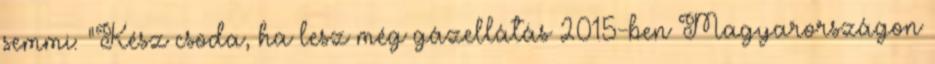
semmi: "Kész csoda, ha lesz még gázellátás 2015-ben Magyarországon